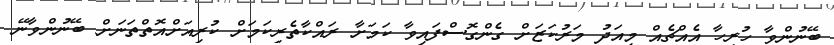
ބޭނުންވާ ހުރިހާ އެއްޗެއް މިއަދު މަރުކަޒަށް ގެންގޮސްފައިވާ ކަމަށާ ރައްކާތެރިކަމަށް ކުރިއަށްއޮތްތަނަށް ބޭނުންވާނޭ